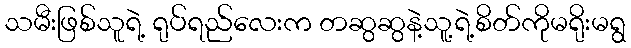
သမီးဖြစ်သူရဲ့ ရုပ်ရည်လေးက တဆွဆွနဲ့သူ့ရဲ့စိတ်ကိုမရိုးမရွ